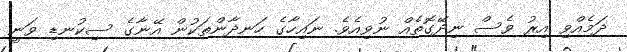
ދަމެއްވި އިރު ވެސް ނިދޭގޮތެއް ނުވިއެވެ. ނައިހާގެ ހަނދާންތަކުން އޭނާގެ ސިކުނޑި ވަނީ